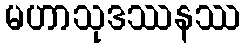
မဟာသုဒဿနဿ